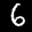
Label: 6